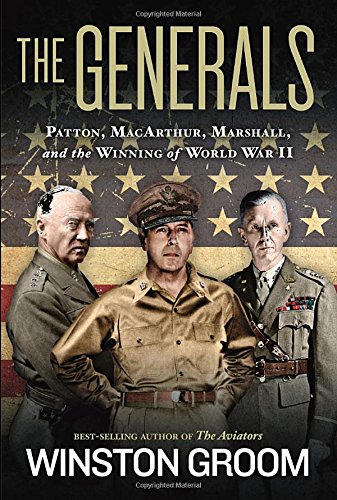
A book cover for The Generals: Patton, MacArthur, Marshall, and the Winning of World War II; Winston Groom; Biographies & Memoirs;